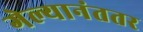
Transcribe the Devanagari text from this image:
गेल्यानंततर